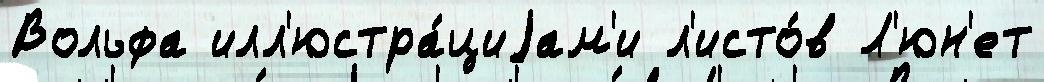
Вольфа илл'юстра́циjам'и л'исто́в Л'юн'ет